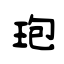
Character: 玸